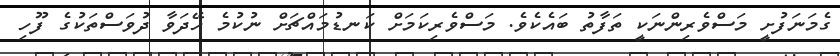
ގެމަނަފުށީ މަސްވެރިންނަކީ ތަފާތު ބައެކެވެ. މަސްވެރިކަމަށް ކަނޑުމައްޗަށް ނުކުމެ ހޭދަވާ ދުވަސްތަކުގެ ފޫހި